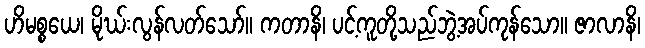
ဟိမစ္စယေ၊ မိုဃ်းလွန်လတ်သော်။ ကတာနိ၊ ပင့်ကူတို့သည်ဘွဲ့အပ်ကုန်သော။ ဇာလာနိ၊